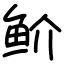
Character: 𬶇